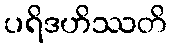
ပရိဒဟိဿတိ